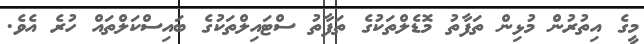
މީގެ އިތުރުން މުޅިން ތަފާތު މޮޑެލްތަކުގެ ތަފާތު ސްޓައިލްތަކުގެ ބައިސްކަލްތައް ހުރެ އެވެ.